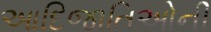
આદિજાતિઓની